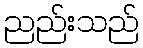
ညည်းသည်